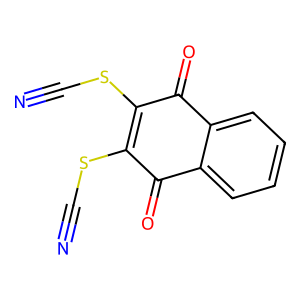
SMILES: N#CSC1=C(SC#N)C(=O)c2ccccc2C1=O
Inhibits HIV replication: No